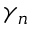
\gamma _ { n }